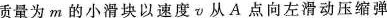
质量为m的小滑块以速度v从A点向左滑动压缩弹